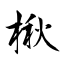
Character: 楸